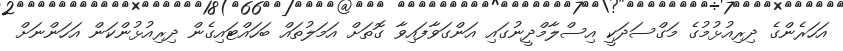
އަހަރެންގެ ދިރިއުޅުމުގެ މަގްސަދަކީ އިސްލާމްދީނުގައި އަންގަވާފައިވާ ގޮތަށް އަމަލުތައް ބަހައްޓައިގެން ދިރިއުޅުންކަން އަހަންނަށް